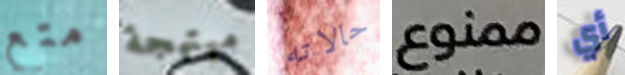
متع مبتهجة حالاته ممنوع أي